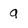
Character: 9